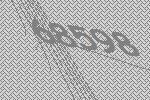
68598